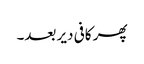
پھر کافی دیر بعد۔